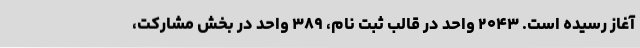
آغاز رسیده است. ۲۰۴۳ واحد در قالب ثبت نام، ۳۸۹ واحد در بخش مشارکت،